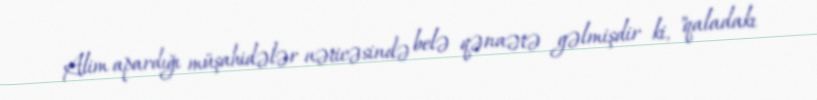
Alim apardığı müşahidələr nəticəsində belə qənaətə gəlmişdir ki, "qaladakı